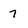
Character: 7